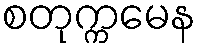
စတုက္ကမေန